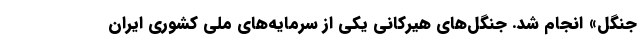
جنگل» انجام شد. جنگل‌های هیرکانی یکی از سرمایه‌های ملی کشوری ایران